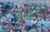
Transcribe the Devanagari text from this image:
सुगंन्‍धित